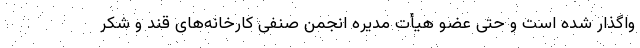
واگذار شده است و حتی عضو هیأت مدیره انجمن صنفی کارخانه‌های قند و شکر